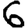
Digit: 6